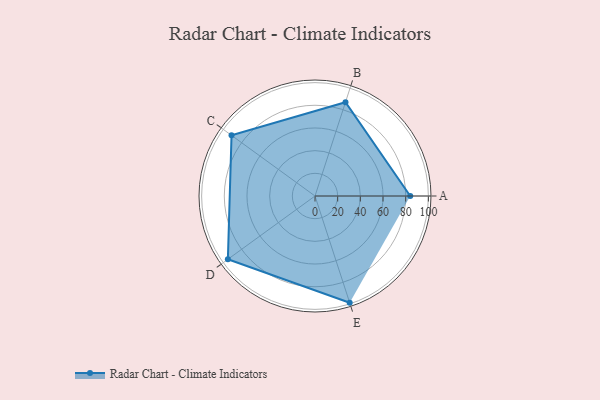
{"axis": {"x": "Skill", "y": "Score"}, "legend": ["Profile"], "data": [{"x": "A", "y": 84.0, "type": "Profile"}, {"x": "B", "y": 87.0, "type": "Profile"}, {"x": "C", "y": 91.0, "type": "Profile"}, {"x": "D", "y": 95.0, "type": "Profile"}, {"x": "E", "y": 99.0, "type": "Profile"}]}